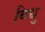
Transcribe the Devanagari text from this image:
बिधु